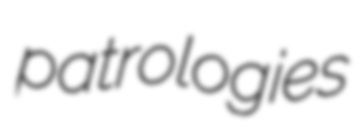
patrologies